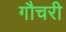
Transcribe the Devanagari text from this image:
गौचरी